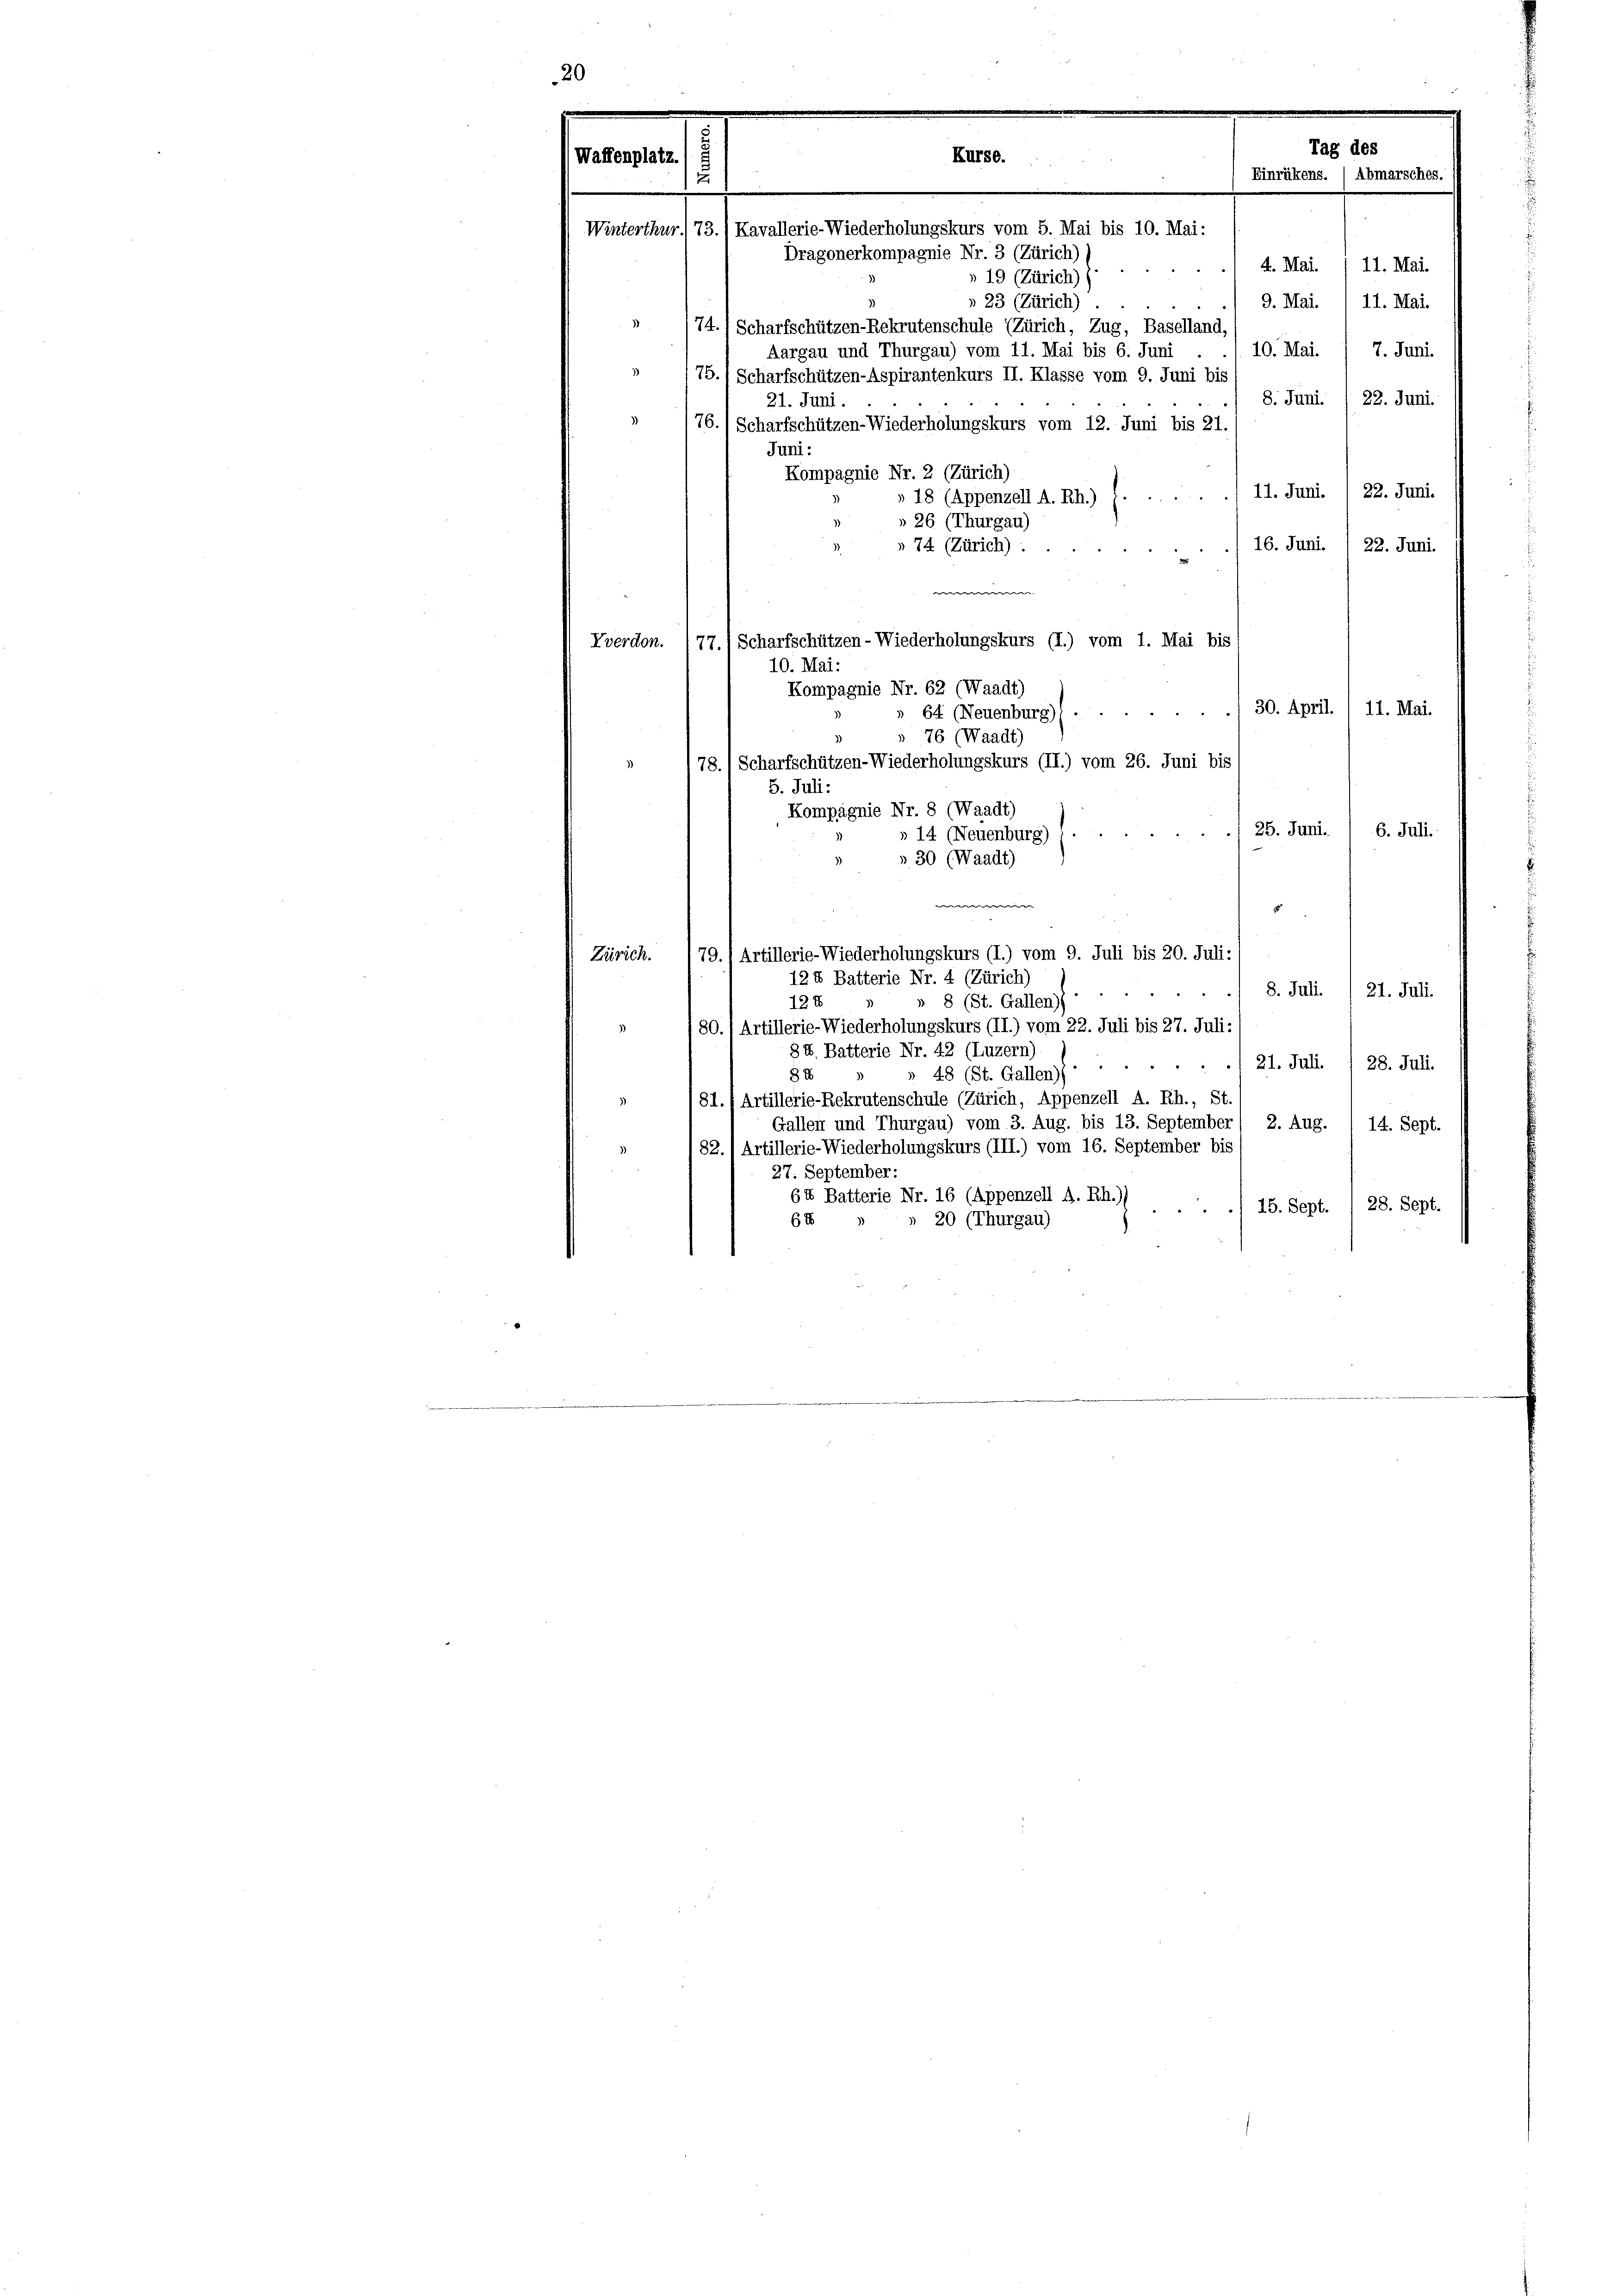
d
Kurse.
Winterthur. 73.) Kavallerie-Wiederholungskurs vom 5. Mai bis 10. Mai:
Dragonerkompagnie Nr. 3 (Zürich) (
4. Mai. 1 11. Mai.
5
» 19 (Zürich),
» 23 (Zürich)
9. Mai. , 11. Mai.
 (74.) Scharfschützen-Rekrutenschule (Zürich, Zug, Baselland,
10. Mai. / 7. Juni.
Aargau und Thurgau) vom 11. Mai bis 6. Juni
75. 1 Scharfschützen-Aspirantenkurs II. Klasse vom 9. Juni bis
8. Juni.  22. Juni.
21. Juni.
76.) Scharfschützen-Wiederholungskurs vom 12. Juni bis 21.
Juni:
Kompagnie Nr. 2 (Zürich)
11. Juni. , 22. Juni.
» 18 (Appenzell A. Rh.)
 26 (Thurgau)
16. Juni. ) 22. Juni
» 74 (Zürich).
w
Vverdon. (77.) Scharfschützen-Wiederholungskurs (I.) vom 1. Mai bis
10. Mai:
Kompagnie Nr. 62 (Waadt)
» 64 (Neuenburg)
 76 (Waadt)
78.) Scharfschützen-Wiederholungskurs (II.) vom 26. Juni bis
5. Juli:
Kompagnie Nr. 8 (Waadt)
25. Juni.
6. Juli.
» 14 (Neuenburg)
30 (Waadt)
e
179. 1 Artillerie-Wiederholungskurs (I.) vom 9. Juli bis 20. Juli:/
Zürich.
124 Batterie Nr. 4 (Zürich)
8. Juli. / 21. Juli.
» 8 (St. Gallen.
124
180. 1 Artillerie-Wiederholungskurs (II.) vom 22. Juli bis 27. Juli:
8 4. Batterie Nr. 42 (Luzern)
/ 21. Juli. / 28. Juli.
82
48 (St. Gallen)
81. (Artillerie-Rekrutenschule (Zürich, Appenzell A. Rh., St.
Gallen und Thurgau) vom 3. Aug. bis 13. September
2. Aug. / 14. Sept.
182. 1 Artillerie-Wiederholungskurs (III.) vom 16. September bis
27. September:
64 Batterie Nr. 16 (Appenzell A. Rh.)
15. Sept. / 28. Sept.
67
» 20 (Thurgau)

(Waffenplatz.

u

Tag des
Einrükens. / Abmarsches.

30. April. / 11. Mai.